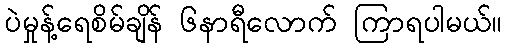
ပဲမှုန့်ရေစိမ်ချိန် ၆နာရီလောက် ကြာရပါမယ်။